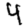
Digit: 4